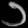
Digit: ၁